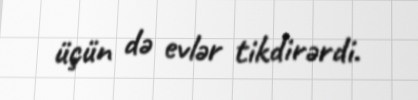
üçün də evlər tikdirərdi.